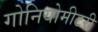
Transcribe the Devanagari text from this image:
गोनियोमीटरी